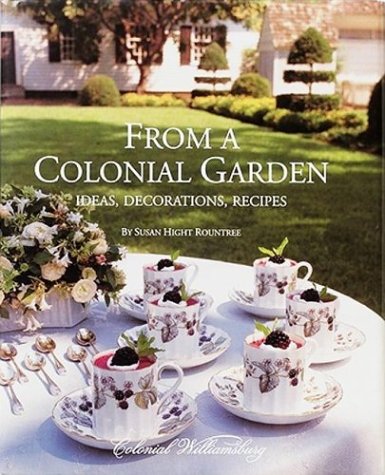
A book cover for From A Colonial Garden: Ideas, Decorations, Recipes; Susan Hight Rountree; Crafts, Hobbies & Home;